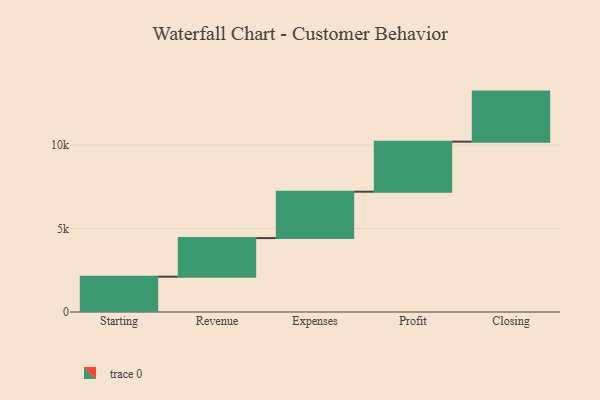
{"axis": {"x": "Step", "y": "Value"}, "legend": [""], "data": [{"x": "Starting", "y": 2116.0, "type": ""}, {"x": "Revenue", "y": 2314.0, "type": ""}, {"x": "Expenses", "y": 2781.0, "type": ""}, {"x": "Profit", "y": 3000, "type": ""}, {"x": "Closing", "y": 3000, "type": ""}]}